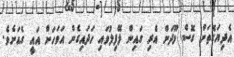
އެދިޔަގޮތަށް ގޮސް މޫދަށް އެރި ގައިން ލޭފިލުވައި ހަދައިގެން އަވަހަށް އައީ ގެއަށެވެ.